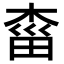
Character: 𣓩